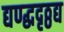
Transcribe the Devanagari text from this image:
द्यण्द्धदृठ्ठद्य